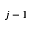
j - 1